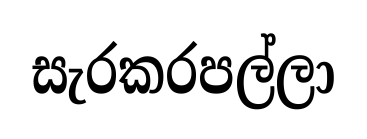
සැරකරපල්ලා